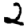
Digit: 2